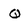
Character: Q